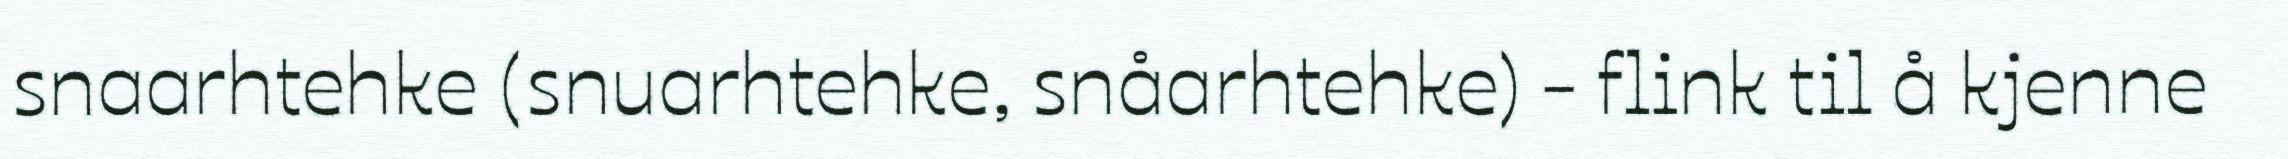
snaarhtehke (snuarhtehke, snåarhtehke) - flink til å kjenne